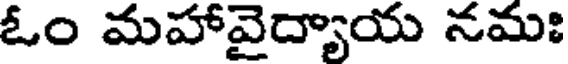
ఓం మహావైద్యాయ నమః